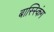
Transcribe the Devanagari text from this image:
बास्स्किंग